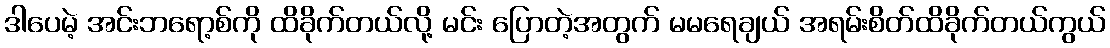
ဒါပေမဲ့ အင်းဘရော့စ်ကို ထိခိုက်တယ်လို့ မင်း ပြောတဲ့အတွက် မမရေချယ် အရမ်းစိတ်ထိခိုက်တယ်ကွယ်